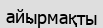
айырмақты